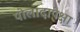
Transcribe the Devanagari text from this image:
पोलादापेक्षा